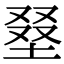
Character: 𡌭